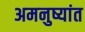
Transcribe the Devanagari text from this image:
अमनुष्यांत